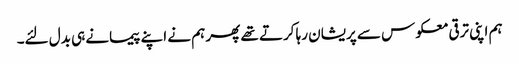
ہم اپنی ترقی معکوس سے پریشان رہا کرتے تھے پھر ہم نے اپنے پیمانے ہی بدل لئے۔